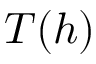
T ( h )